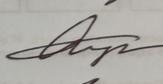
Signature authenticity: genuine